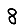
Digit: 8